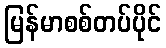
မြန်မာစစ်တပ်ပိုင်